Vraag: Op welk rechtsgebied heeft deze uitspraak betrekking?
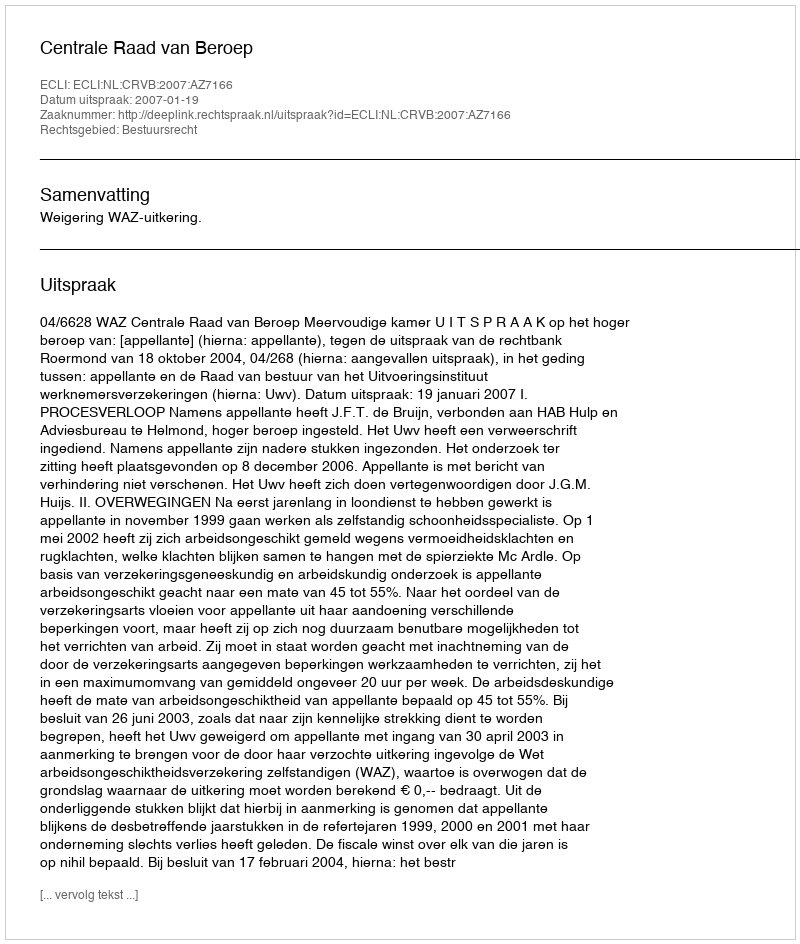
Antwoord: Bestuursrecht